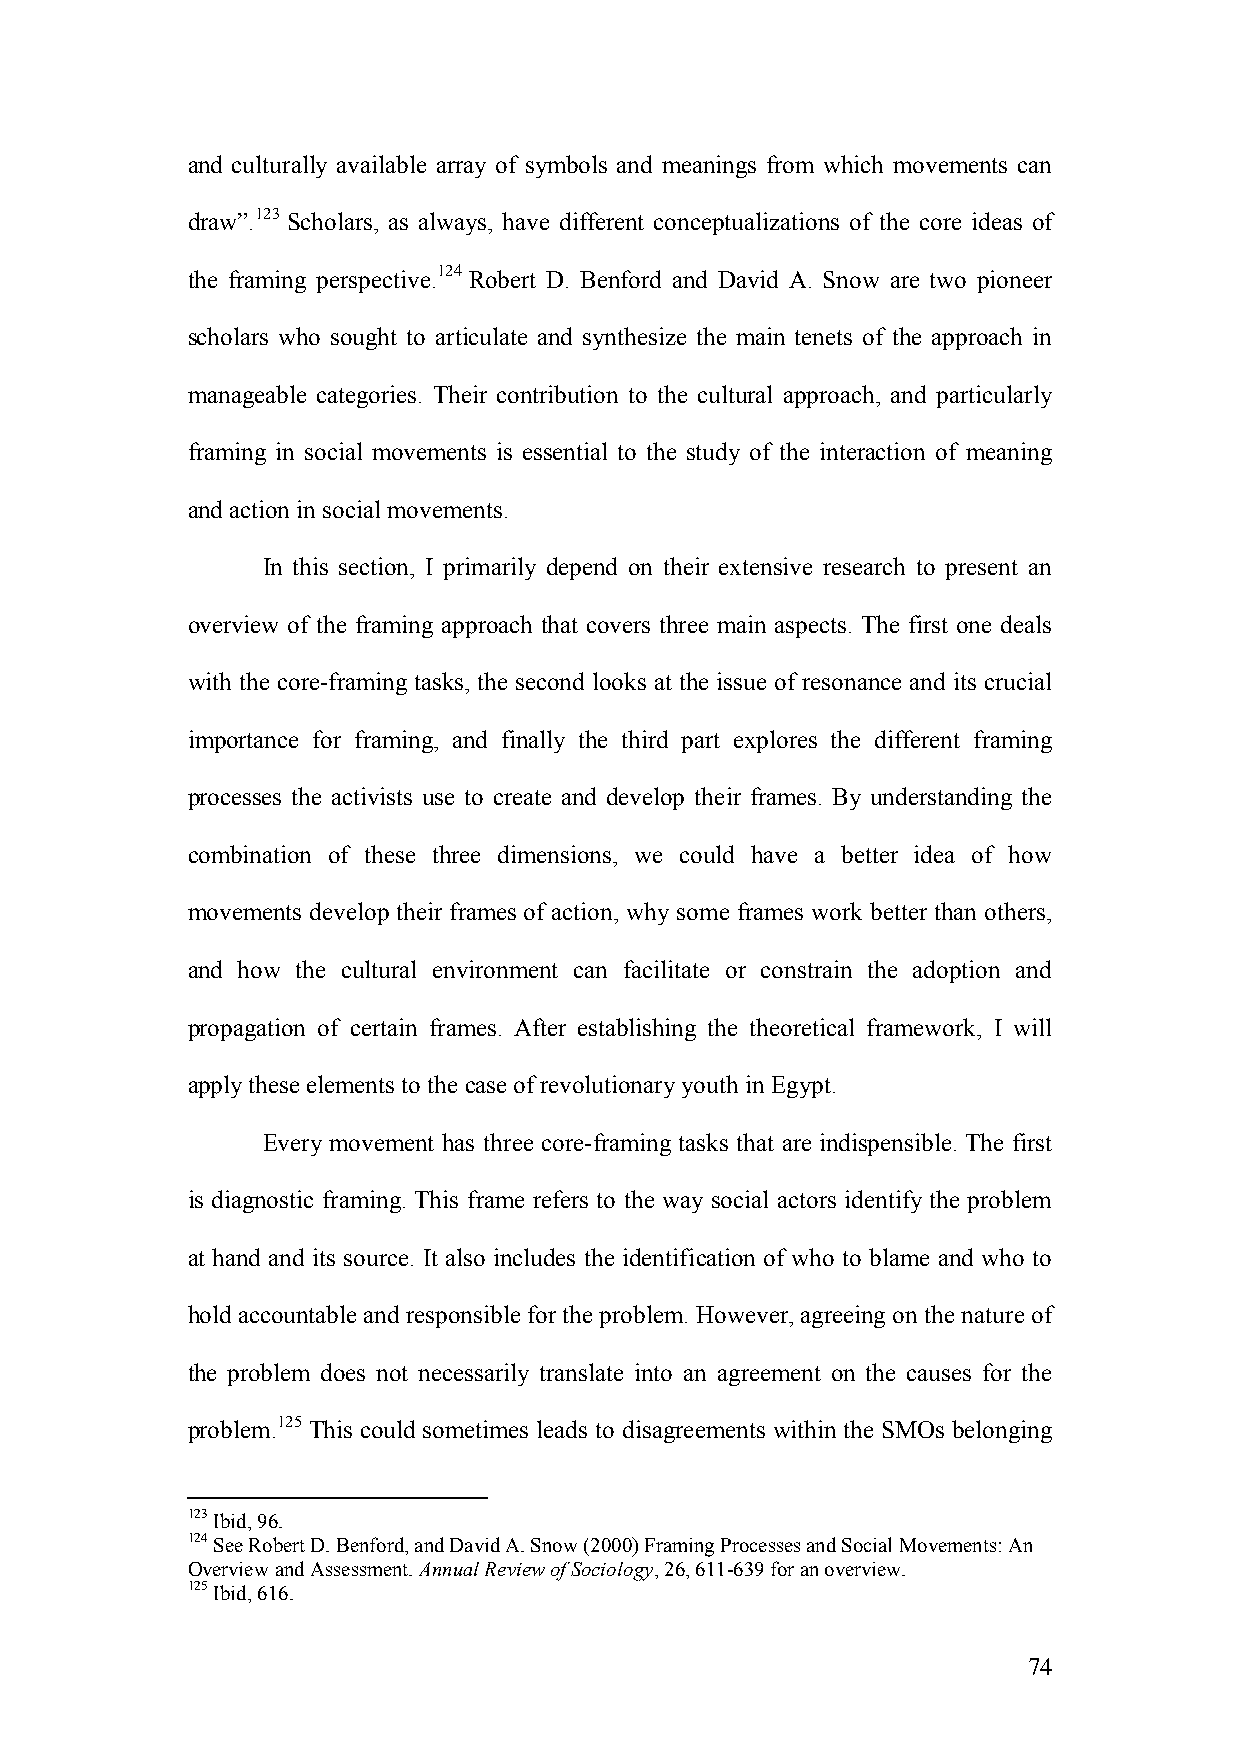
and culturally available array of symbols and meanings from which movements can
 draw”.123 Scholars, as always, have different conceptualizations of the core ideas of
 the framing perspective.124 Robert D. Benford and David A. Snow are two pioneer
 scholars who sought to articulate and synthesize the main tenets of the approach in
 manageable categories. Their contribution to the cultural approach, and particularly
 framing in social movements is essential to the study of the interaction of meaning
 and action in social movements.
 In this section, I primarily depend on their extensive research to present an
 overview of the framing approach that covers three main aspects. The first one deals
 with the core-framing tasks, the second looks at the issue of resonance and its crucial
 importance for framing, and finally the third part explores the different framing
 processes the activists use to create and develop their frames. By understanding the
 combination of these three dimensions, we could have a better idea of how
 movements develop their frames of action, why some frames work better than others,
 and how the cultural environment can facilitate or constrain the adoption and
 propagation of certain frames. After establishing the theoretical framework, I will
 apply these elements to the case of revolutionary youth in Egypt.
 Every movement has three core-framing tasks that are indispensible. The first
 is diagnostic framing. This frame refers to the way social actors identify the problem
 at hand and its source. It also includes the identification of who to blame and who to
 hold accountable and responsible for the problem. However, agreeing on the nature of
 the problem does not necessarily translate into an agreement on the causes for the
 problem.125 This could sometimes leads to disagreements within the SMOs belonging
 123 Ibid, 96.
 124 See Robert D. Benford, and David A. Snow (2000) Framing Processes and Social Movements: An
 Overview and Assessment. Annual Review of Sociology, 26, 611-639 for an overview.
 125 Ibid, 616.
 74